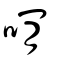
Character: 啃